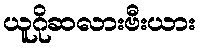
ယူဂိုဆလားဗီးယား